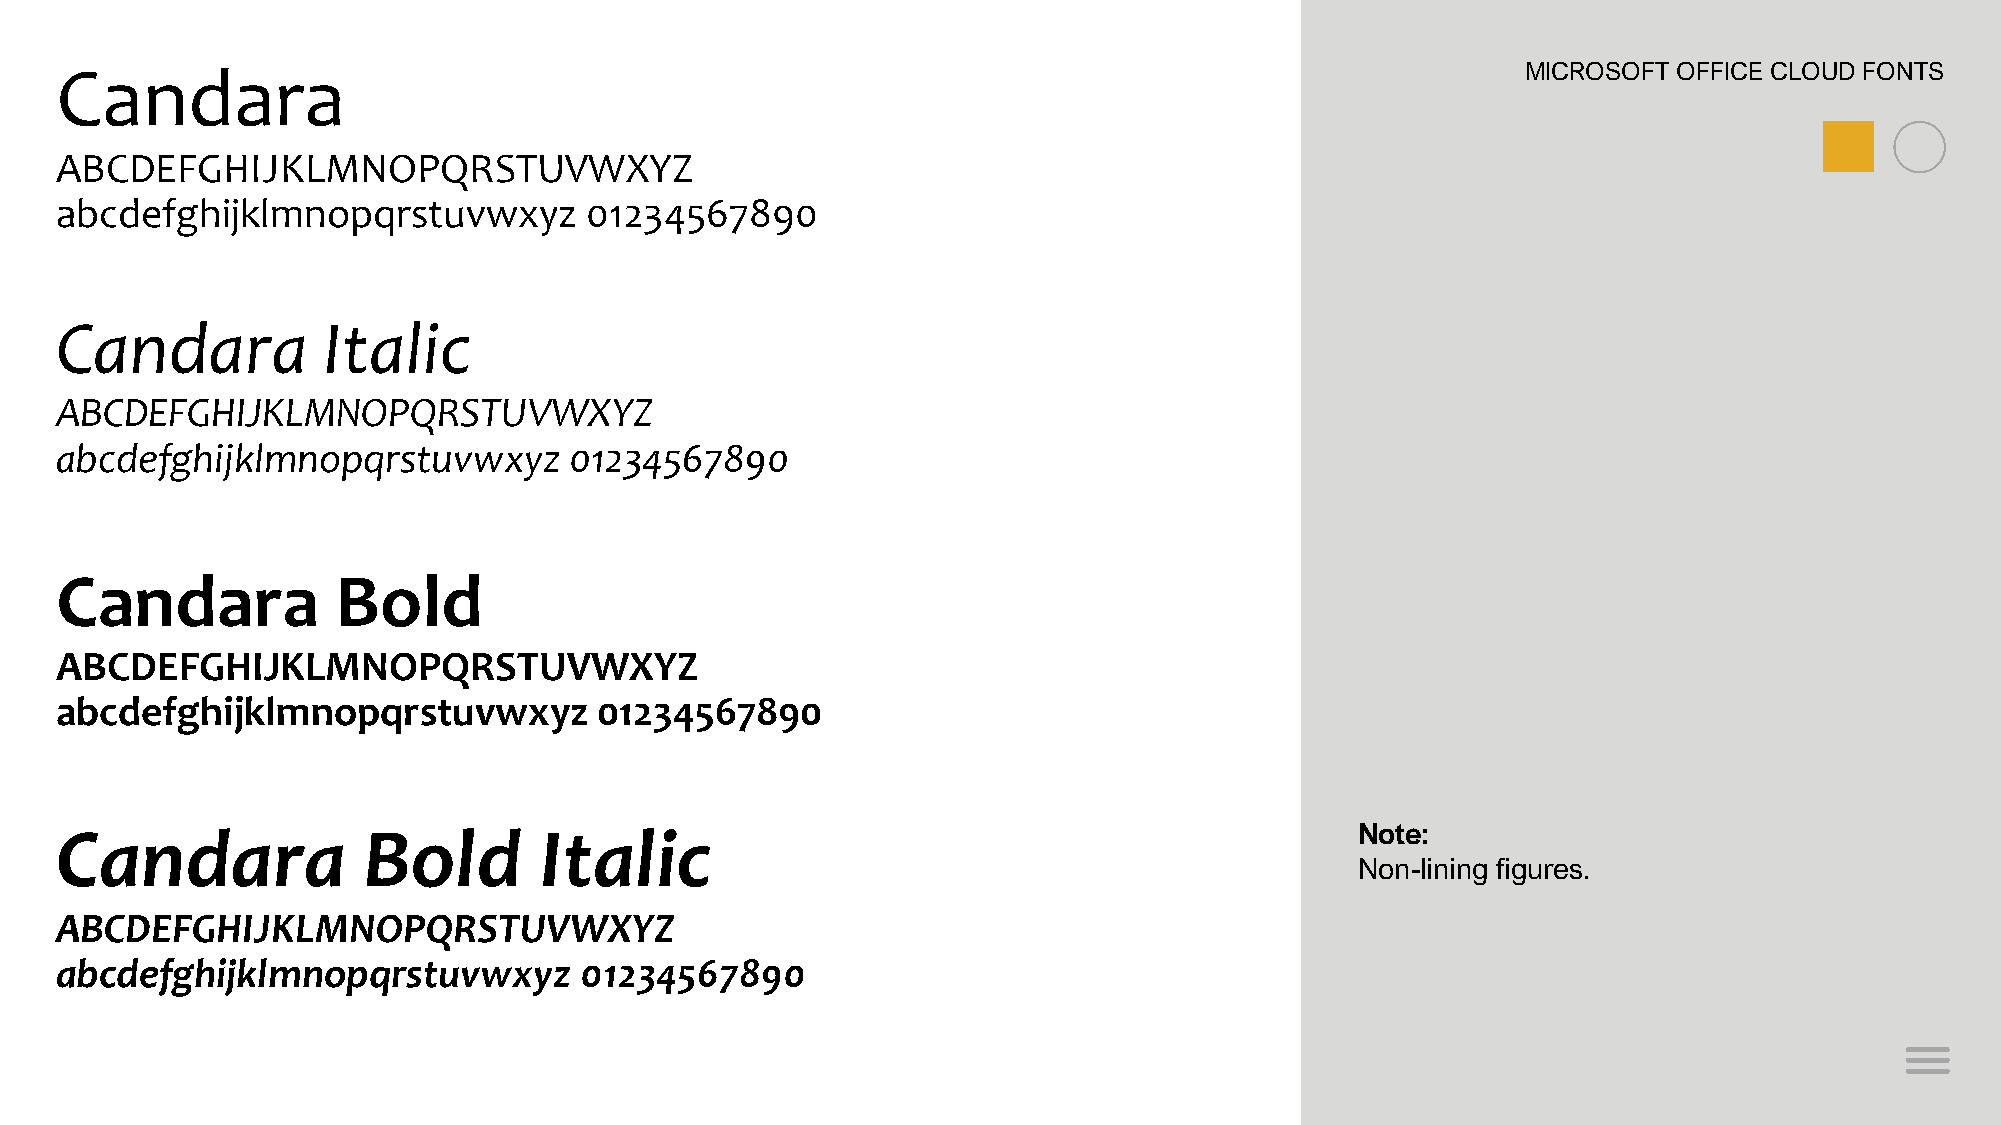
Candara                                                                                          MICROSOFT OFFICE CLOUD FONTS
 ABCDEFGHIJKLMNOPQRSTUVWXYZ
 abcdefghijklmnopqrstuvwxyz         01234567890
 Candara          Italic
 ABCDEFGHIJKLMNOPQRSTUVWXYZ
 abcdefghijklmnopqrstuvwxyz        01234567890
 Candara           Bold
 ABCDEFGHIJKLMNOPQRSTUVWXYZ
 abcdefghijklmnopqrstuvwxyz          01234567890
 Candara             Bold        Italic                                                Note:
 Non-lining figures.
 ABCDEFGHIJKLMNOPQRSTUVWXYZ
 abcdefghijklmnopqrstuvwxyz        01234567890